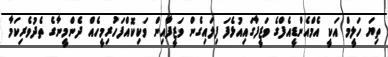
ތިޔަ ހަލީމް އަކީ އެމްއެންޑީއެފްގެ ވަޒީފާގައިއުޅެފަ ފިލައިގެން ވަޒީފާއިން ވަކިކޮއްފަހުރިމީހެއް ދެންމީނާގެ ތެދުވެރިކަމާ